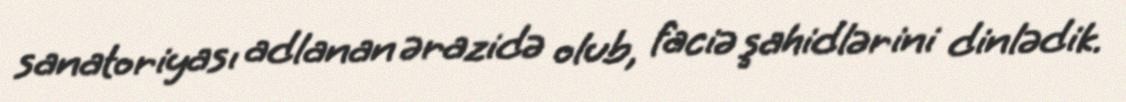
sanatoriyası adlanan ərazidə olub, faciə şahidlərini dinlədik.